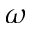
\omega